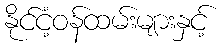
နိုင်ငံ့ဝန်ထမ်းများနှင့်